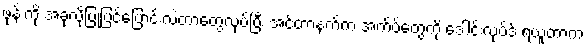
ဖုန်းကို အခုလိုပြုပြင်ပြောင်းလဲတာတွေလုပ်ပြီး အင်တာနက်က အက်ပ်တွေကို ဒေါင်းလုပ်ဒ် ရယူတာက